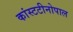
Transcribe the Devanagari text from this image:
कांस्टटीनोपाल